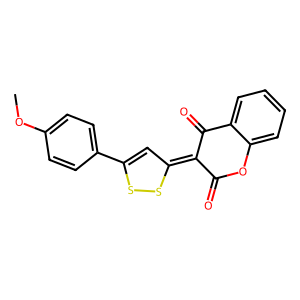
SMILES: COc1ccc(C2=CC(=C3C(=O)Oc4ccccc4C3=O)SS2)cc1
Inhibits HIV replication: No